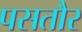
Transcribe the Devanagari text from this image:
पसतौर